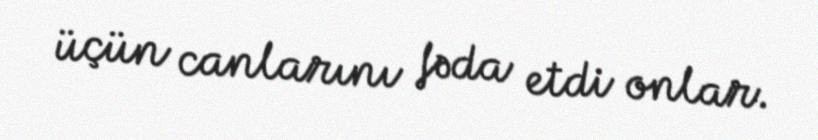
üçün canlarını fəda etdi onlar.